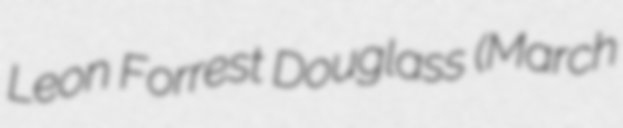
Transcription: Leon Forrest Douglass (March